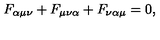
F _ { \alpha \mu \nu } + F _ { \mu \nu \alpha } + F _ { \nu \alpha \mu } = 0 ,